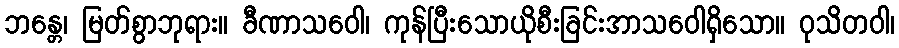
ဘန္တေ၊ မြတ်စွာဘုရား။ ခီဏာသဝေါ၊ ကုန်ပြီးသောယိုစီးခြင်းအာသဝေါရှိသော။ ဝုသိတဝါ၊